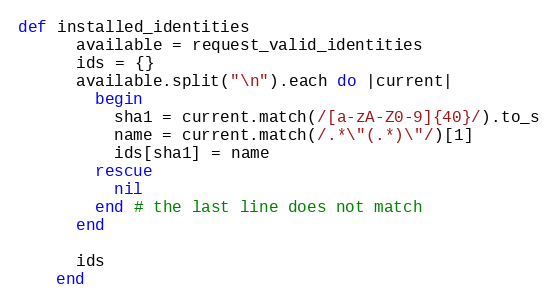
Language: Ruby
def installed_identities
      available = request_valid_identities
      ids = {}
      available.split("\n").each do |current|
        begin
          sha1 = current.match(/[a-zA-Z0-9]{40}/).to_s
          name = current.match(/.*\"(.*)\"/)[1]
          ids[sha1] = name
        rescue
          nil
        end # the last line does not match
      end

      ids
    end